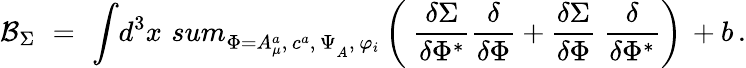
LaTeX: {\cal B}_{\Sigma}\, \, =\, \, \displaystyle{\int}{d}^{3}x\, \displaystyle{\, sum_{\Phi=A_{\mu}^{a},\, c^{a},\, \Psi_{_A},\, \varphi_{i}}^{}}\left({\displaystyle{\ \frac{\delta\Sigma}{\delta\Phi^{*}}}}{\displaystyle{\frac{\delta}{\delta\Phi}}}+{\displaystyle{\frac{\delta\Sigma}{\delta\Phi}}}{\displaystyle{\ \frac{\delta}{\delta\Phi^{*}}}}\right)\, +b\, .